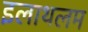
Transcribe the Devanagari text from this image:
इलाथलम